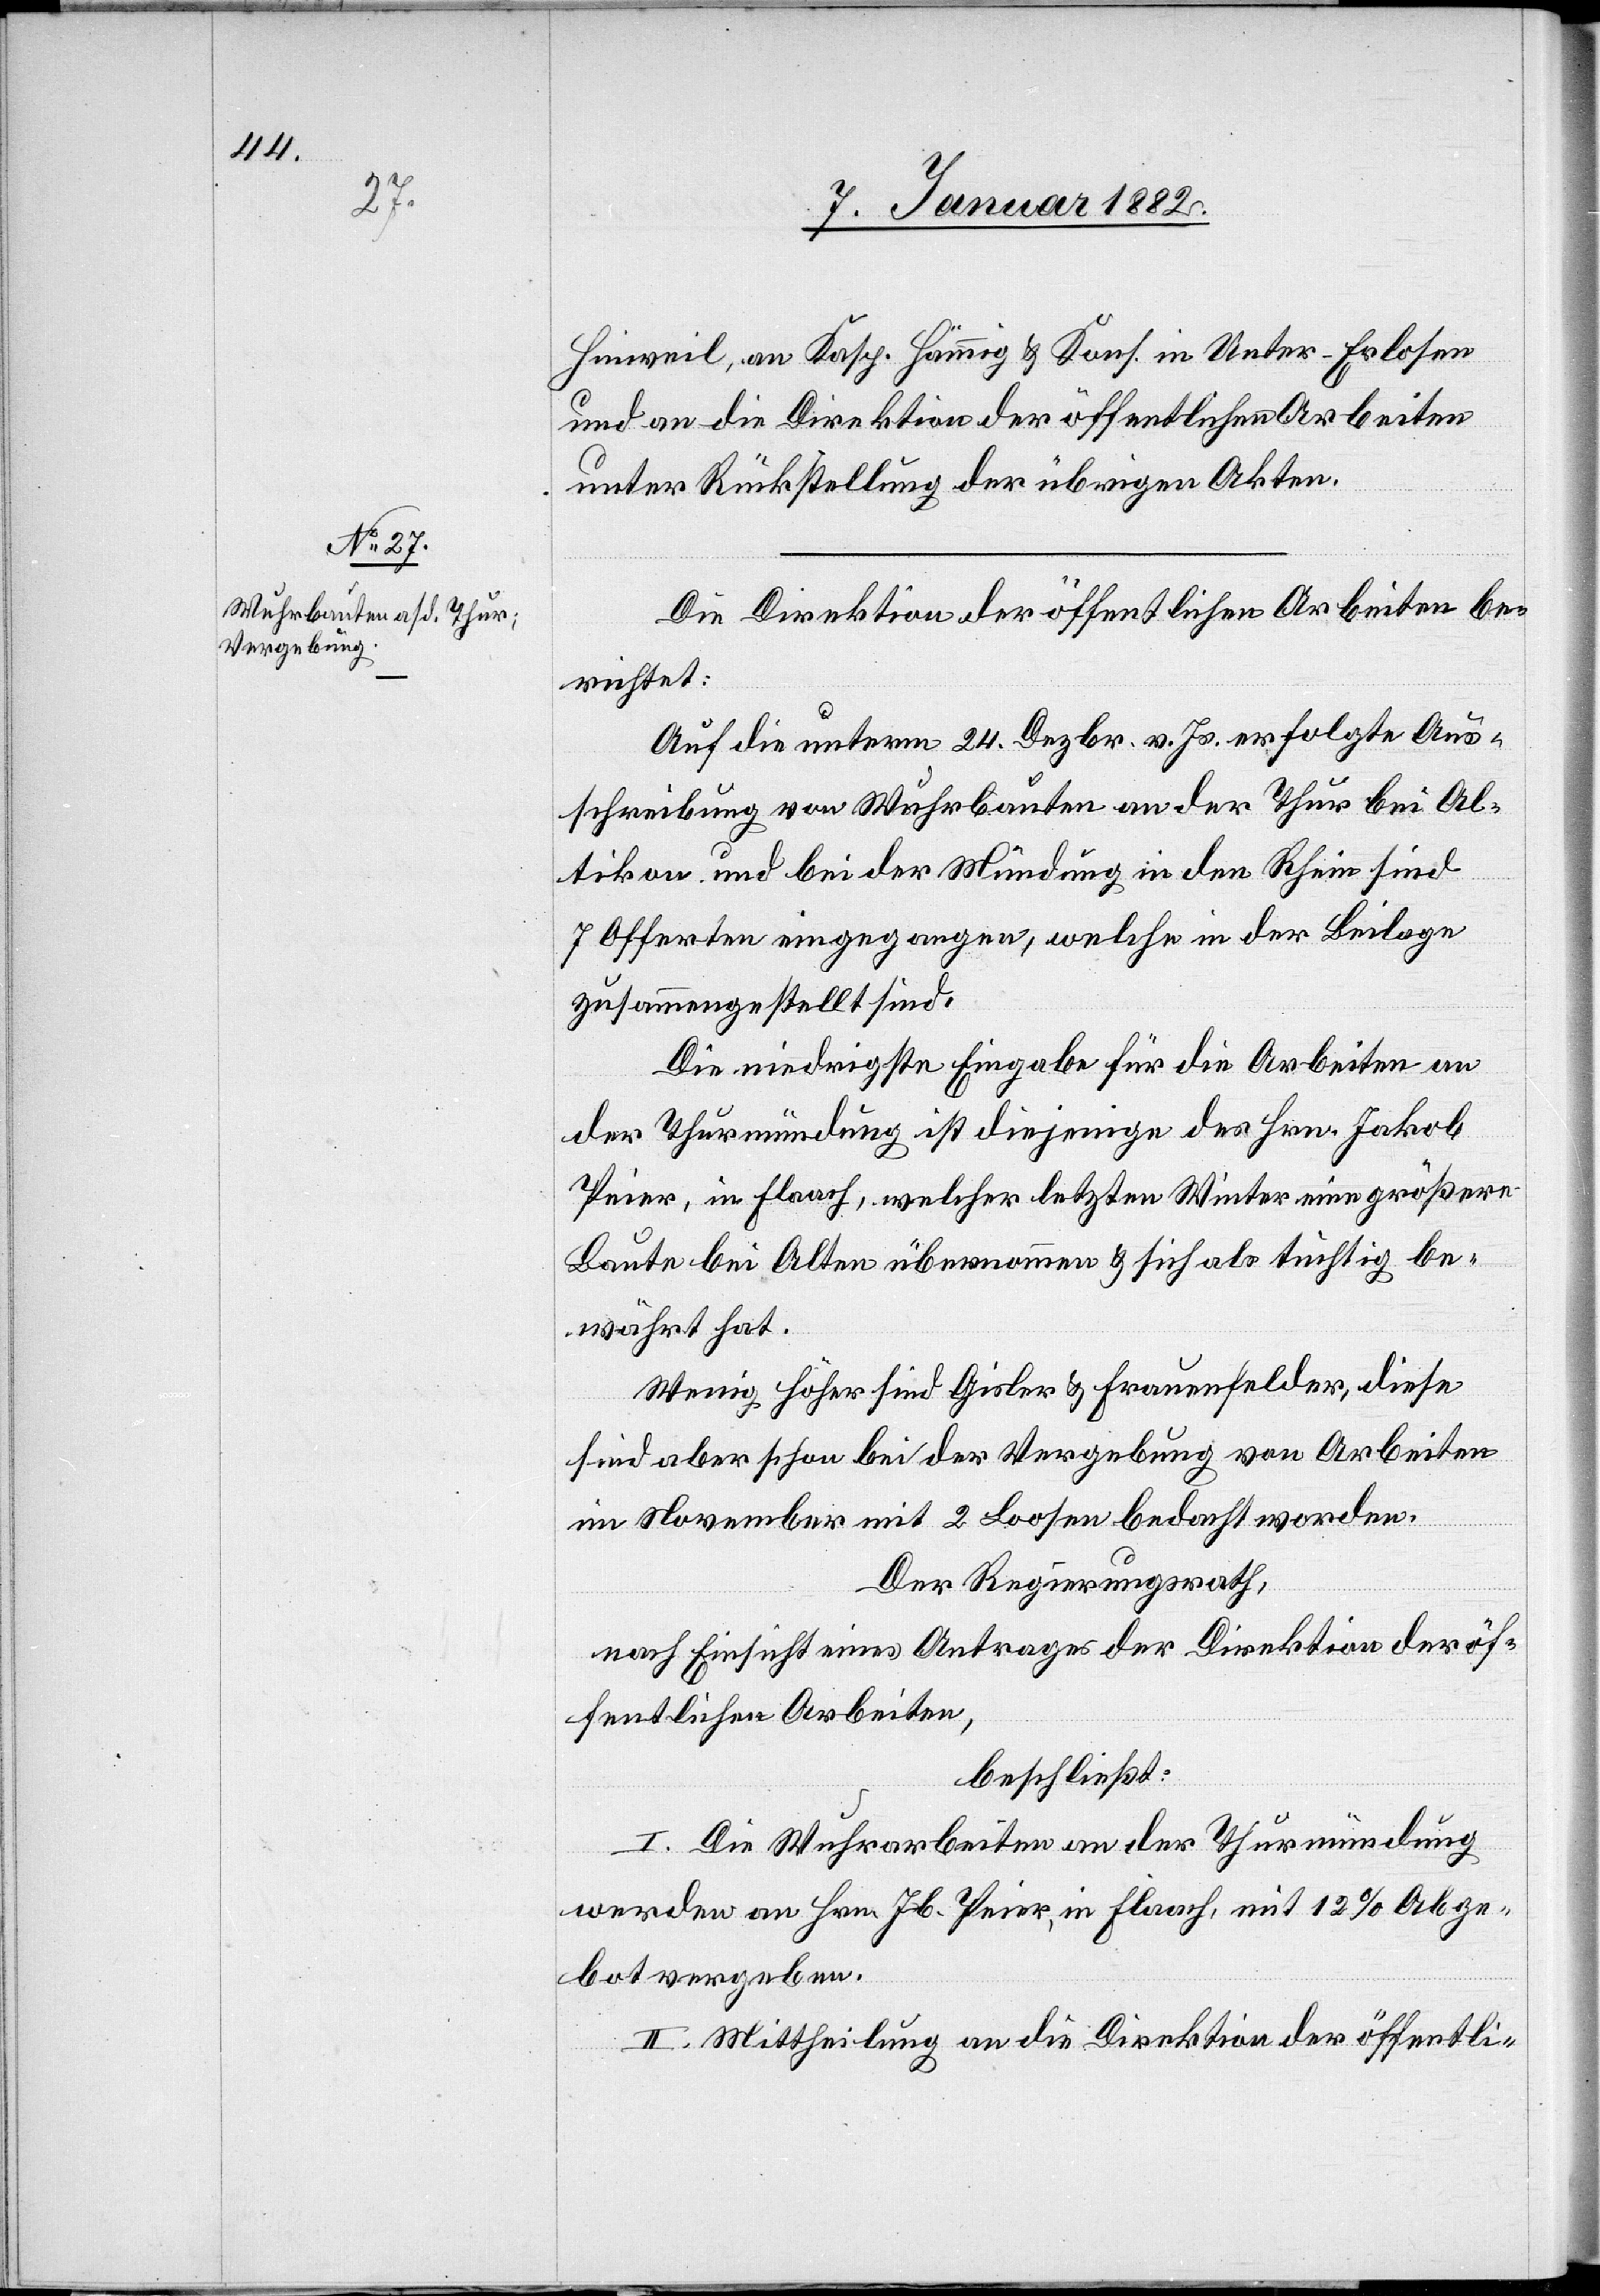
Hinweil, an Kasp. Hämmig & Kons. in Unter-Erlosen
und an die Direktion der öffentlichen Arbeiten
unter Rückstellung der übrigen Akten.
Die Direktion der öffentlichen Arbeiten be¬
richtet:
Auf die unterm 24. Dezbr. v. Js. erfolgte Aus¬
schreibung von Wuhrbauten an der Thur bei Al¬
tikon und bei der Mündung in den Rhein sind
7 Offerten eingegangen, welche in der Beilage
zusammengestellt sind.
Die niedrigste Eingabe für die Arbeiten an
der Thurmündung ist diejenige des Hrn. Jakob
Peier, in Flaach, welcher letzten Winter eine größere
Baute bei Alten übernommen & sich als tüchtig be¬
währt hat.
Wenig höher sind Gisler & Frauenfelder, diese
sind aber schon bei der Vergebung von Arbeiten
im November mit 2 Loosen bedacht worden.
Der Regierungsrath,
nach Einsicht eines Antrages der Direktion der öf¬
fentlichen Arbeiten,
beschließt:
I. Die Wuhrarbeiten an der Thurmündung
werden an Hrn. Jb. Peier, in Flaach, mit 12% Abge¬
bot vergeben.
II. Mittheilung an die Direktion der öffentli-